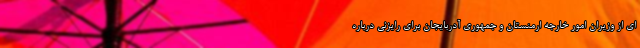
ای از وزیران امور خارجه ارمنستان و جمهوری آدربایجان برای رایزنی درباره